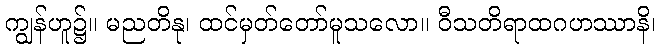
ကျွန်ဟူ၌။ မညတိနု၊ ထင်မှတ်တော်မူသလော။ ဝီသတိရာထဂဟဿာနိ၊